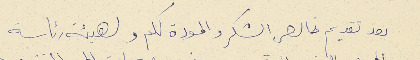
بعد تقديم خالص الشكر والمودة لكم ولهيئة رئاسة